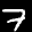
Label: 7